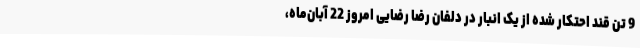
9 تن قند احتکار شده از یک انبار در دلفان رضا رضایی امروز 22 آبان‌ماه،